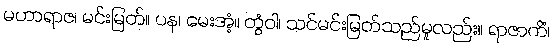
မဟာရာဇ၊ မင်းမြတ်။ ပန၊ မေးအံ့။ တွံဝါ၊ သင်မင်းမြတ်သည်မူလည်း။ ရာဇာကိံ၊